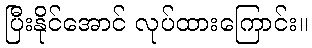
ပြီးနိုင်အောင် လုပ်ထားကြောင်း။